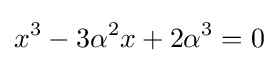
x^{3}-3\alpha ^{2}x+2\alpha ^{3}=0